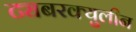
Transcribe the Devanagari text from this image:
ट्यबरक्युलीन